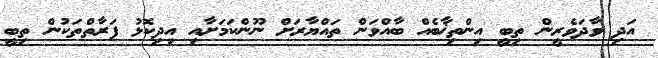
އަދި ވާދަވެރީން ތިބީ އިންތިޚާބެއް ބާއްވަން ތައްޔާރަށް ނޫންކަމަށާއި އިދިކޮޅު ފަރާތްތަކުން ތިބީ